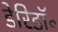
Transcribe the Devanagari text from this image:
डेरिडॉ॰